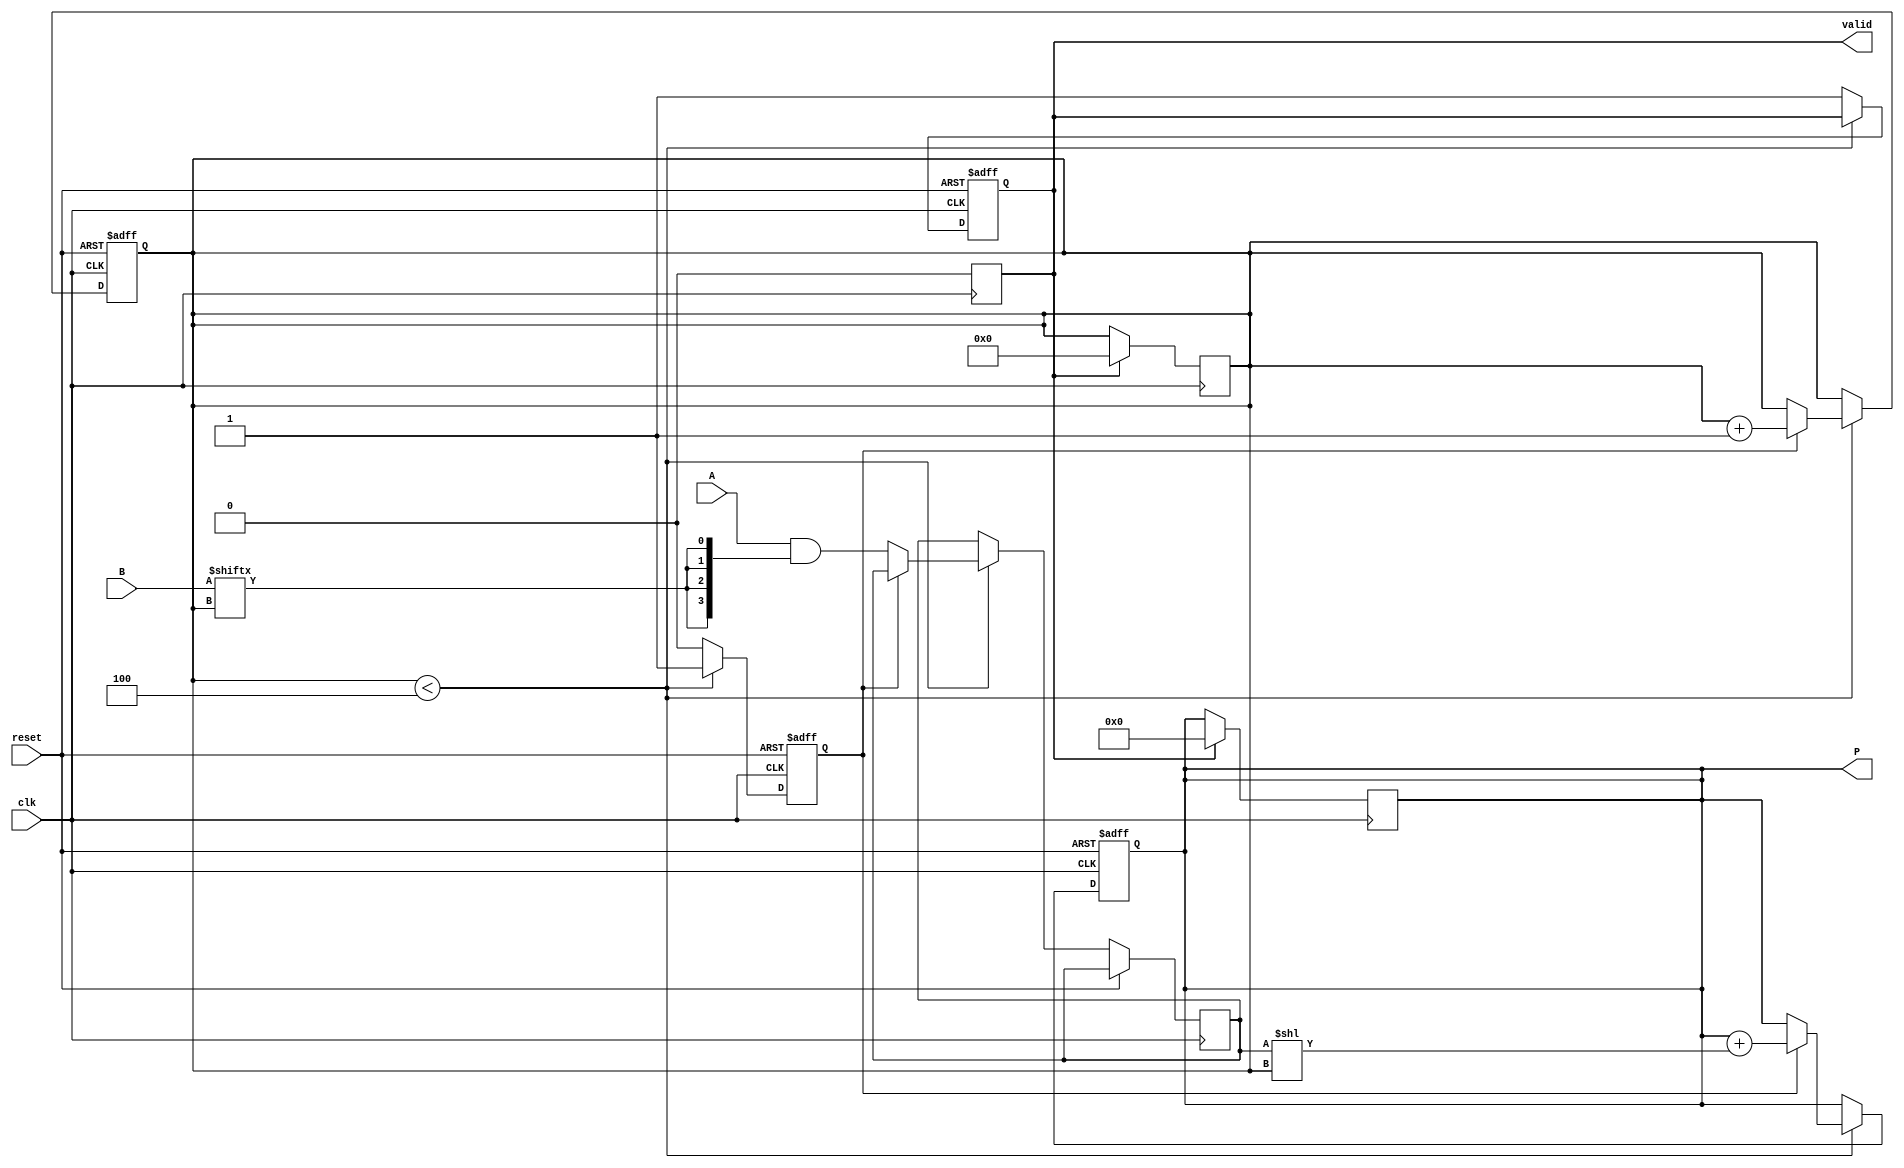
module PartialProductAccumulator #(
    parameter A_WIDTH = 4, // Width of multiplicand A
    parameter B_WIDTH = 4  // Width of multiplier B
)(
    input wire [A_WIDTH-1:0] A,        // Multiplicand
    input wire [B_WIDTH-1:0] B,        // Multiplier
    input wire clk,                     // Clock
    input wire reset,                   // Asynchronous reset
    output reg [(A_WIDTH + B_WIDTH - 1):0] P, // Product output
    output reg valid                    // Product valid signal
);

    // Internal registers
    reg [A_WIDTH-1:0] partial_product;
    reg [B_WIDTH-1:0] b_count;
    reg accumulating;

    always @(posedge clk or posedge reset) begin
        if (reset) begin
            // Initialize outputs
            P <= 0;
            valid <= 0;
            b_count <= 0;
            accumulating <= 0;
        end else begin
            if (b_count < B_WIDTH) begin
                if (accumulating) begin
                    // Shift and add the current partial product
                    P <= P + (partial_product << b_count);
                    b_count <= b_count + 1;  // Next bit of B
                end else begin
                    // Generate the partial product for the current bit
                    partial_product <= A & {A_WIDTH{B[b_count]}};
                    accumulating <= 1;
                end
            end else begin
                // Finished accumulating, set valid high
                valid <= 1;
                accumulating <= 0;  // Reset accumulating to prepare for next operation
            end
        end
    end

    always @(posedge clk) begin
        if (valid) begin
            // After valid signal, reset valid for the next operation
            valid <= 0;
            b_count <= 0; // Reset bit counter
            P <= 0;       // Reset product for next multiplication
        end
    end

endmodule